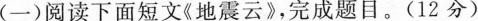
〈一)阅读下面短文《地震云》，完成题目。(12分)